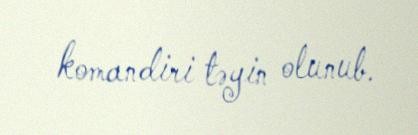
komandiri təyin olunub.